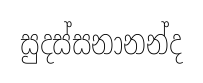
සුදස්සනානන්ද